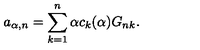
a _ { \alpha , n } = \sum _ { k = 1 } ^ { n } \alpha c _ { k } ( { \alpha } ) G _ { n k } .